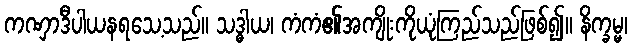
ကဏှာဒီပါယနရသေ့သည်။ သဒ္ဓါယ၊ ကံကံ၏အကျိုးကိုယုံကြည်သည်ဖြစ်၍။ နိက္ခမ္မ၊